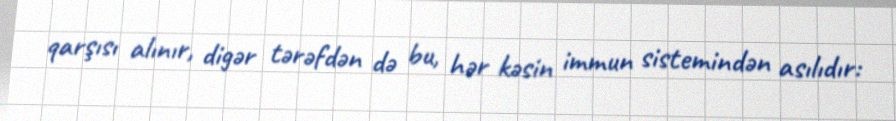
qarşısı alınır, digər tərəfdən də bu, hər kəsin immun sistemindən asılıdır: